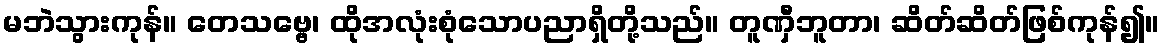
မဘဲသွားကုန်။ တေသဗ္ဗေ၊ ထိုအလုံးစုံသောပညာရှိတို့သည်။ တူဏှီဘူတာ၊ ဆိတ်ဆိတ်ဖြစ်ကုန်၍။